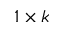
1 \times k